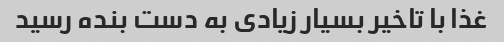
غذا با تاخیر بسیار زیادی به دست بنده رسید